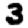
Digit: 3